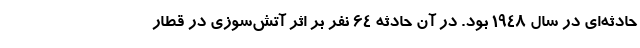
حادثه‌ای در سال ۱۹۴۸ بود. در آن حادثه ۶۴ نفر بر اثر آتش‌سوزی در قطار